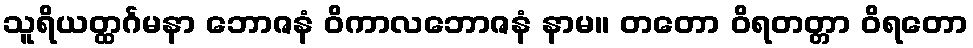
သူရိယတ္ထင်္ဂမနာ ဘောဇနံ ဝိကာလဘောဇနံ နာမ။ တတော ဝိရတတ္တာ ဝိရတော